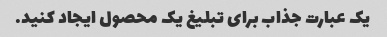
یک عبارت جذاب برای تبلیغ یک محصول ایجاد کنید.